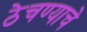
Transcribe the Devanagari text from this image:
ठेचण्याचे